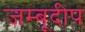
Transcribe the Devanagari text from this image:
जम्बूदीप